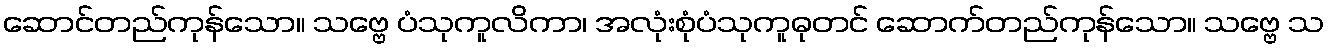
ဆောင်တည်ကုန်သော။ သဗ္ဗေ ပံသုကူလိကာ၊ အလုံးစုံပံသုကူဓုတင် ဆောက်တည်ကုန်သော။ သဗ္ဗေ သ